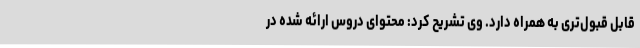
قابل قبول‌تری به همراه دارد. وی تشریح کرد: محتوای دروس ارائه شده در